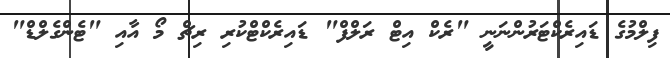
ފިލްމުގެ ޑައިރެކްޓަރުންނަނީ "ރެކް އިޓް ރަލްފް" ޑައިރެކްޓްކުރި ރިޗް މޯ އާއި "ޓެންގެލްޑް"